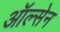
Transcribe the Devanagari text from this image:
ऑल्सेन